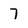
Character: 7